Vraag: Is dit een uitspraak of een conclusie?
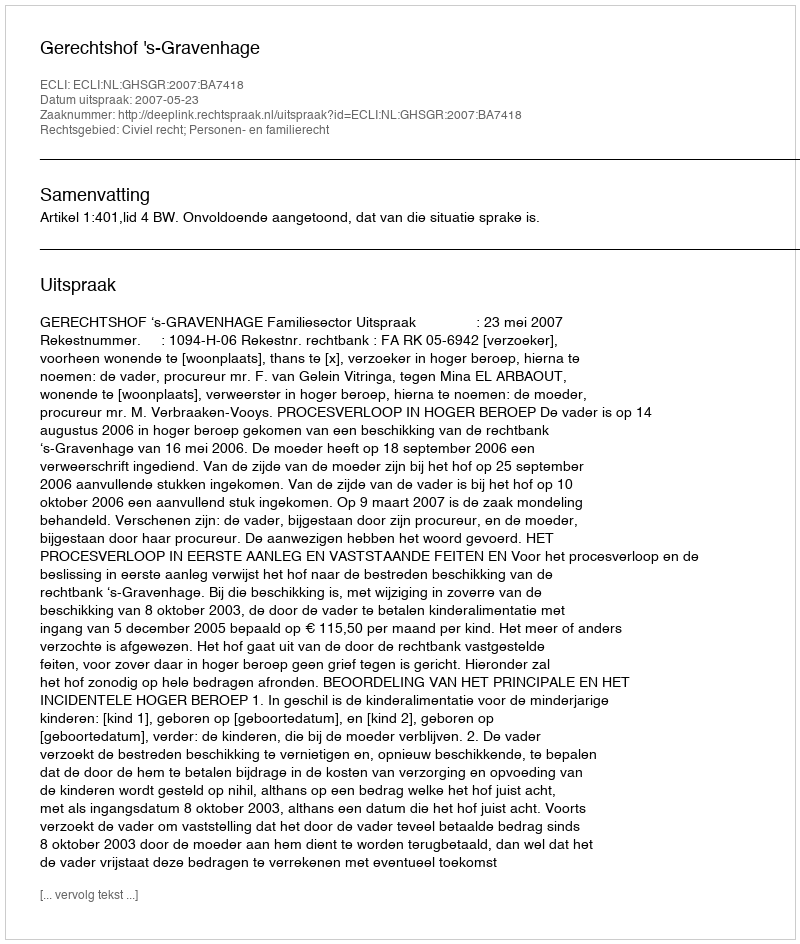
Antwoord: Uitspraak